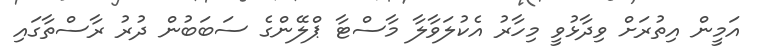
އަމީން އިތުރަށް ވިދާޅުވީ މިހާރު އެކުލަވާލާ މާސްޓާ ޕްލޭންގެ ސަބަބުން ދުރު ރާސްތާގައި